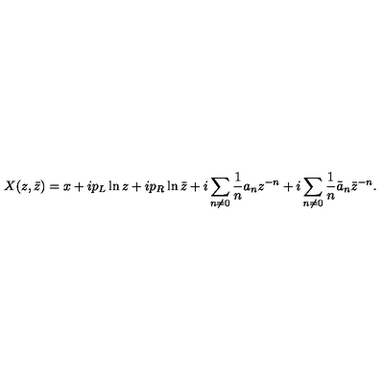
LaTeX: X ( z , \bar { z } ) = x + i p _ { L } \ln z + i p _ { R } \ln \bar { z } + i \sum _ { n \neq 0 } \frac { 1 } { n } a _ { n } z ^ { - n } + i \sum _ { n \neq 0 } \frac { 1 } { n } \tilde { a } _ { n } { \bar { z } } ^ { - n } .